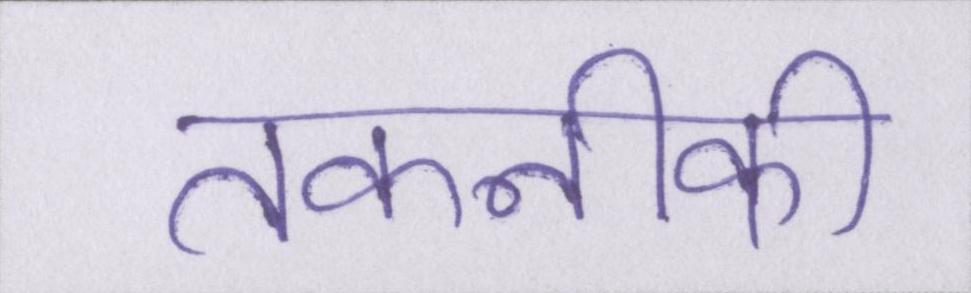
तकनीकी